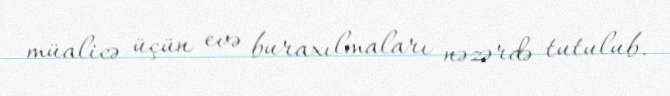
müalicə üçün evə buraxılmaları nəzərdə tutulub.